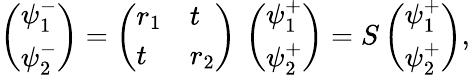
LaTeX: \left(\begin{array}{l}{\psi_{1}^{-}}\\ {\psi_{2}^{-}}\end{array}\right)=\left(\begin{array}{ll}{r_{1}}&{t}\\ {t}&{r_{2}}\end{array}\right)\, \left(\begin{array}{l}{\psi_{1}^{+}}\\ {\psi_{2}^{+}}\end{array}\right)=S\left(\begin{array}{l}{\psi_{1}^{+}}\\ {\psi_{2}^{+}}\end{array}\right),